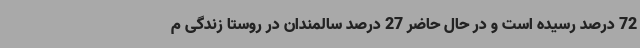
72 درصد رسیده است و در حال حاضر 27 درصد سالمندان در روستا زندگی م